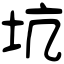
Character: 坑